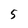
Character: 5